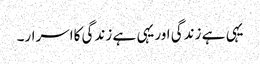
یہی ہے زندگی اوریہی ہے زندگی کااسرار۔